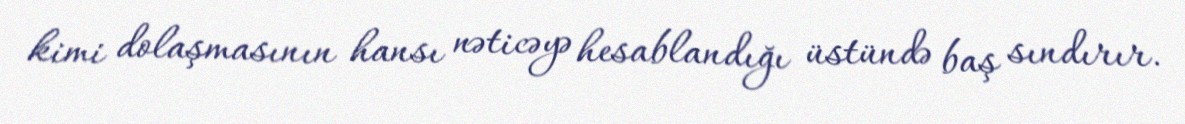
kimi dolaşmasının hansı nəticəyə hesablandığı üstündə baş sındırır.